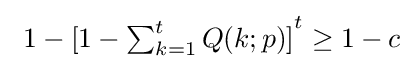
\textstyle \ 1-{[1-\sum _{k=1}^{t}Q(k;p)]}^{t}\geq 1-c